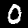
Label: 0